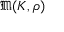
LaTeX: { \mathfrak { M } } ( K , \rho )